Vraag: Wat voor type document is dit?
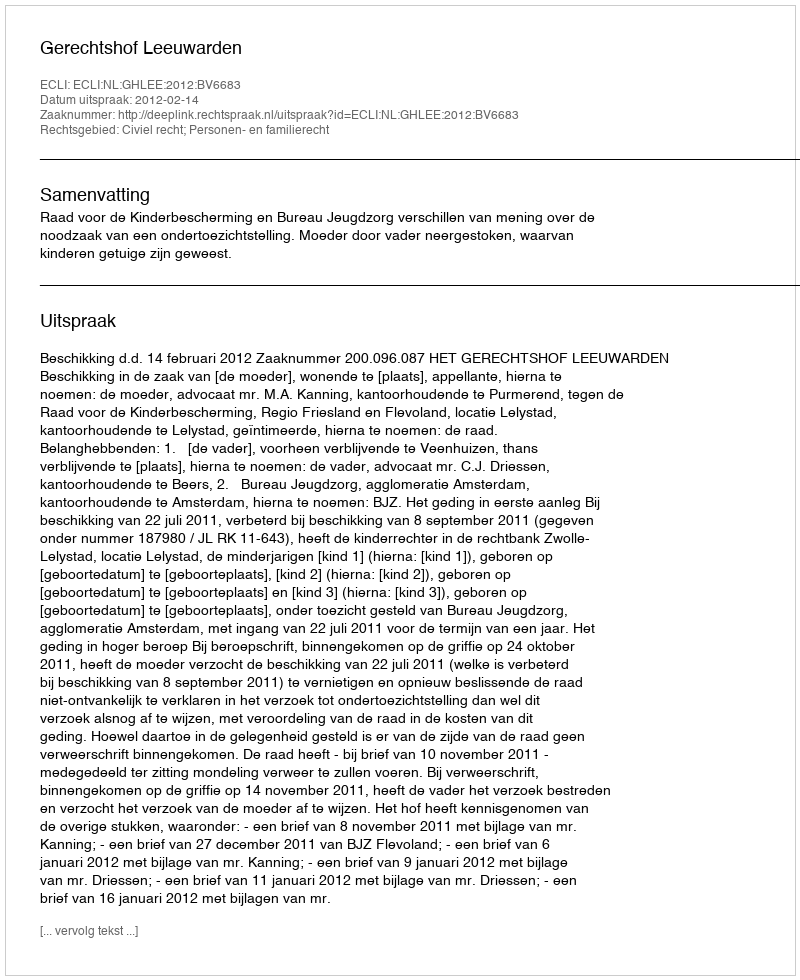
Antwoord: Uitspraak